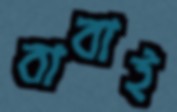
বাবাই